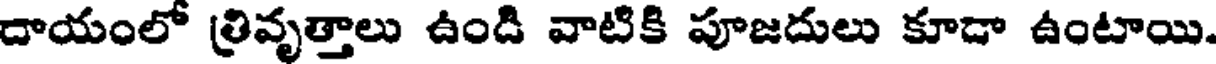
దాయంలో ్రివృత్తాలు ఉండి వాటికి పూజదులు కూడా ఉంటాయి.